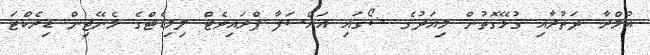
އުމްރާ ދަތުރާއި ގުޅޭގޮތުން މިއަދުގެ ޝޯގައި އައްސަފާ ޕްރައިވެޓް ލިމިޑެޓްގެ މެނޭޖިން ޑިރެކްޓަ